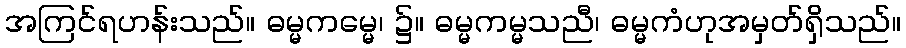
အကြင်ရဟန်းသည်။ ဓမ္မကမ္မေ၊ ၌။ ဓမ္မကမ္မသညီ၊ ဓမ္မကံဟုအမှတ်ရှိသည်။